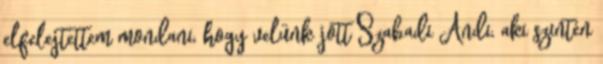
elfelejtettem mondani, hogy velünk jött Szabadi Andi, aki szintén